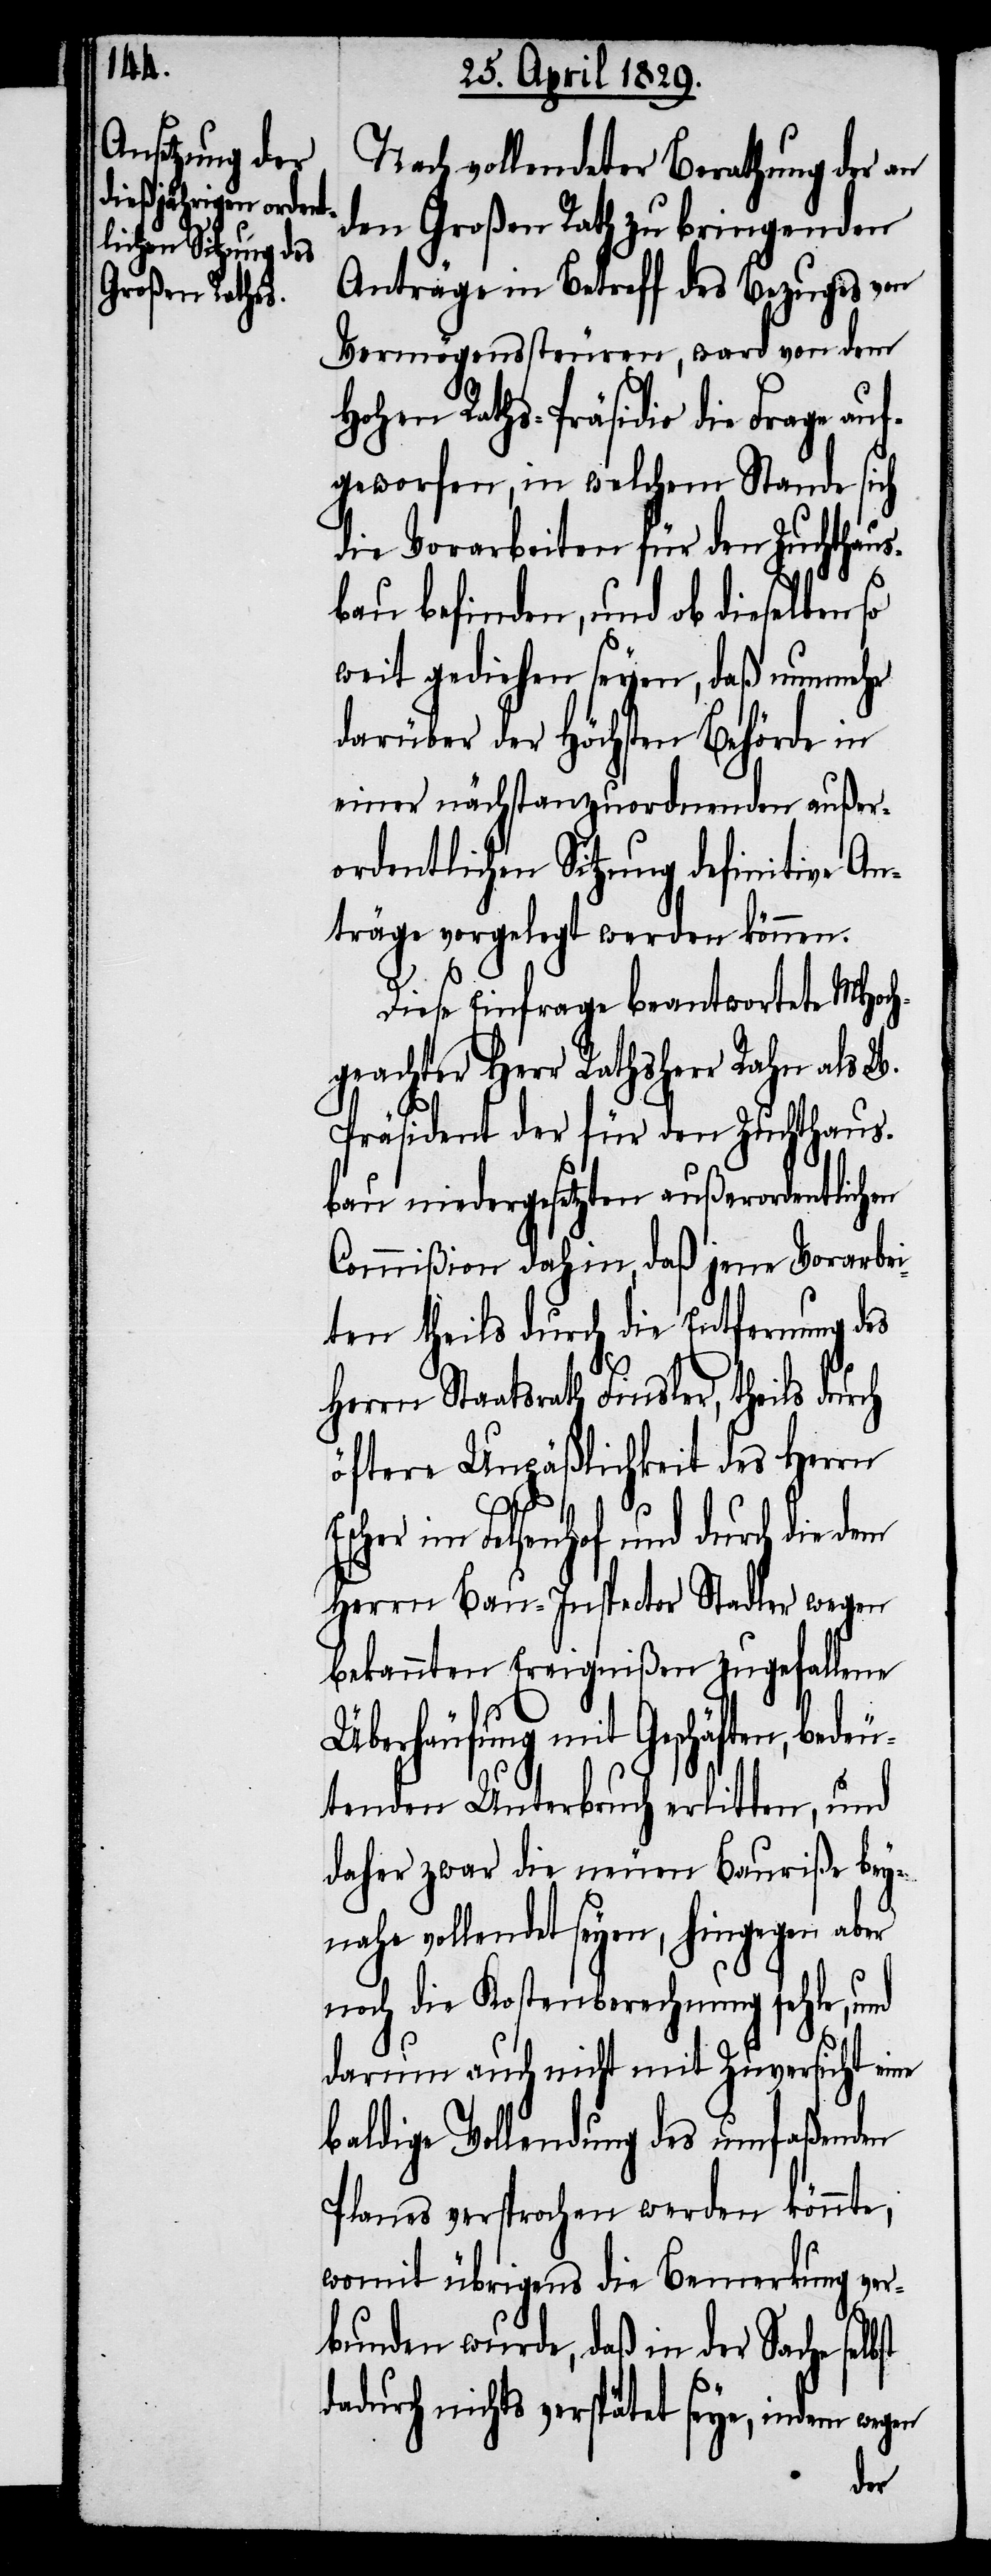
Nach vollendeter Berathung der an
den Großen Rath zu bringenden
Anträge in Betreff des Bezuges von
Vermögenssteuren, ward von dem
Hohen Raths-Präsidio die Frage au¬
fgeworfen, in welchem Stande sich
die Vorarbeiten für den Zuchthaus¬
bau befinden, und ob dieselben so
weit gediehen seyen, daß nunmehr
darüber der Höchsten Behörde in
einer nächstanzuordnenden außer¬
ordentlichen Sitzung definitive An¬
träge vorgelegt werden können.
Diese Einfrage beantwortete MHoch¬
geachter Herr Rathsherr Rahn als W.
Präsident der für den Zuchthaus¬
bau niedergesetzten außerordentlichen
Commißion dahin, daß jene Vorarbei¬
ten theils durch die Entfernung des
Herrn Staatsrath Finsler, theils durch
öftere Unpäßlichkeit des Herrn
im Felsenhof und durch die
Herrn Bau-Inspector Stadler wegen
bekannten Ereignißen zugefallenen
Überhäufung mit Geschäften, be¬
tenden Unterbruch erlitten, und
daher zwar die neuen Bauriße bey¬
nahe vollendet seyen, hingegen aber
noch die Kostenberechnung fehle, und
darum auch nicht mit Zuversicht eine
baldige Vollendung des umfaßenden
Planes versprochen werden könnte,
womit übrigens die Bemerkung ver¬
bunden wurde, daß in der Sache
dadurch nichts verspätet seye, indem wegen
deu¬